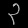
Digit: ၃